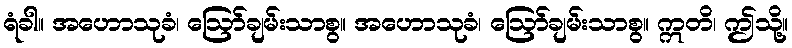
ရံခါ။ အဟောသုခံ၊ ဩော်ချမ်းသာစွ။ အဟောသုခံ၊ ဩော်ချမ်းသာစွ။ ဣတိ၊ ဤသို့။